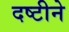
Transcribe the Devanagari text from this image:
दष्‍टीने